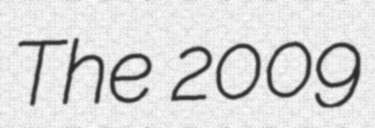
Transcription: The 2009